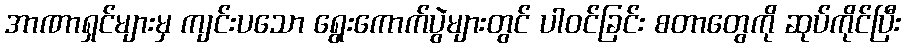
အာဏာရှင်များမှ ကျင်းပသော ရွေးကောက်ပွဲများတွင် ပါဝင်ခြင်း စတာတွေကို ဆုပ်ကိုင်ပြီး